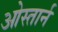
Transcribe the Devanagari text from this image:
ओस्तार्न